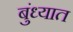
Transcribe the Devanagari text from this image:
बुंध्यात